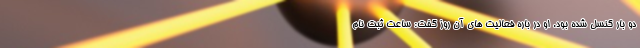
دو بار کنسل شده بود. او در باره فعالیت های آن روز گفت: ساعت ثبت نام